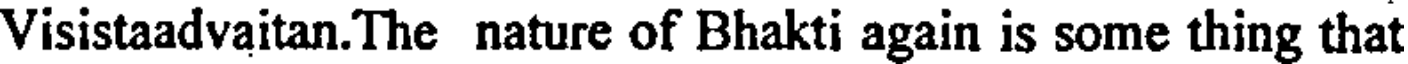
Visistaadvaitan.The nature of Bhakti again is some thing that